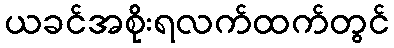
ယခင်အစိုးရလက်ထက်တွင်